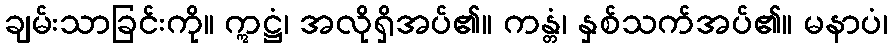
ချမ်းသာခြင်းကို။ ဣဋ္ဌံ၊ အလိုရှိအပ်၏။ ကန္တံ၊ နှစ်သက်အပ်၏။ မနာပံ၊